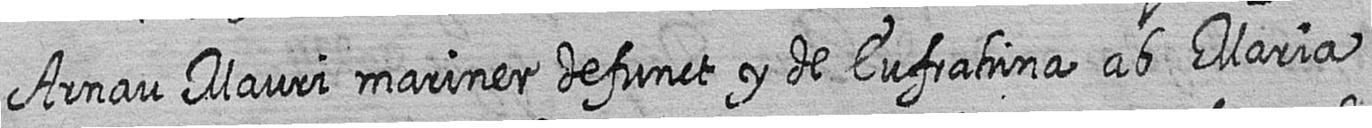
Arnau Mauri mariner defunct y de Eufrahina ab Maria